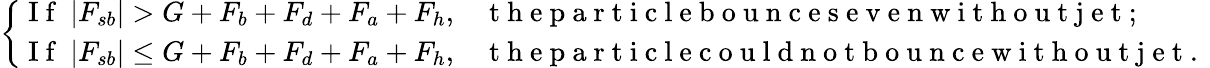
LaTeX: \left\{ \begin{array}{ll}{\mathrm{~I~f~}~|F_{sb}|>G+F_{b}+F_{d}+F_{a}+F_{h},}&{\mathrm{~t~h~e~p~a~r~t~i~c~l~e~b~o~u~n~c~e~s~e~v~e~n~w~i~t~h~o~u~t~j~e~t~;~}}\\ {\mathrm{~I~f~}~|F_{sb}|\leq G+F_{b}+F_{d}+F_{a}+F_{h},}&{\mathrm{~t~h~e~p~a~r~t~i~c~l~e~c~o~u~l~d~n~o~t~b~o~u~n~c~e~w~i~t~h~o~u~t~j~e~t~.~}}\end{array}\right.